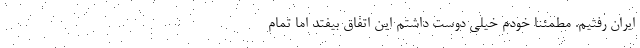
ایران رفتیم. مطمئنا خودم خیلی دوست داشتم این اتفاق بیفتد اما تمام